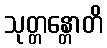
သုတ္တန္တောတိ